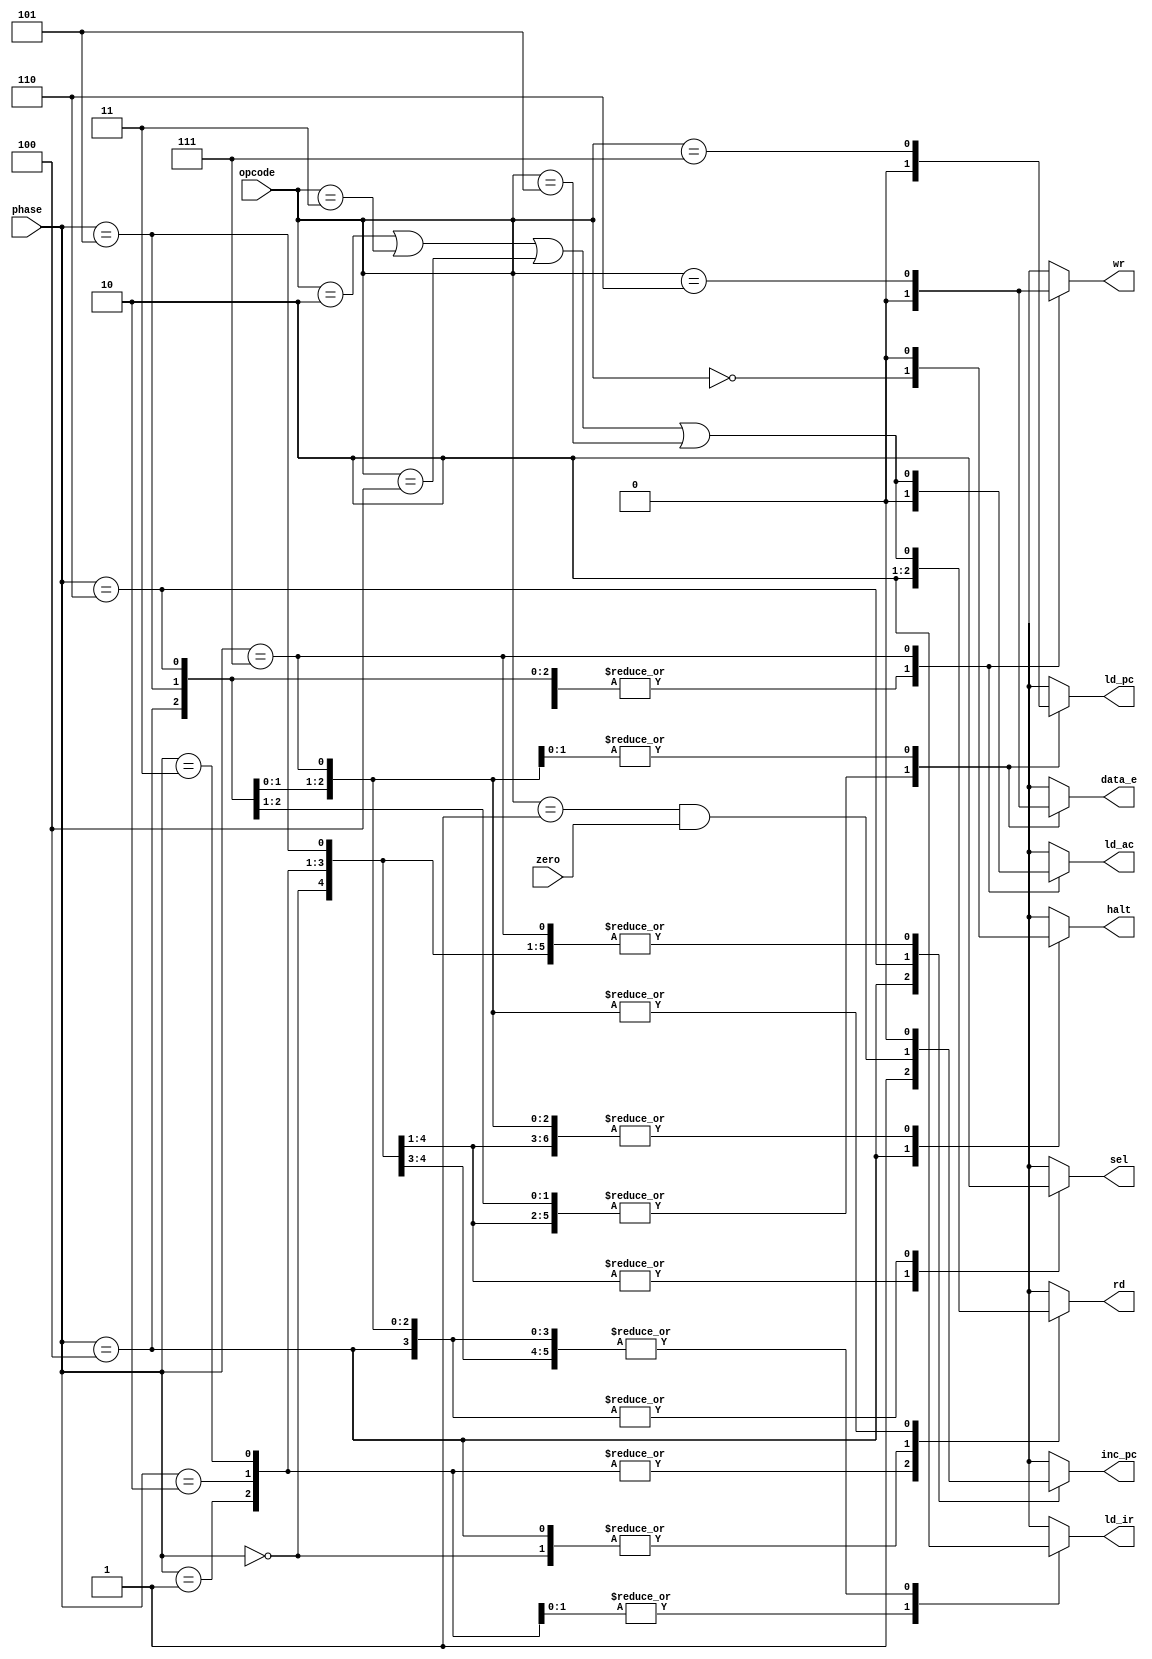

module controller (input [2:0] phase, opcode, 
                  input zero,
                   output reg sel,rd,ld_ir,halt,inc_pc,
                   ld_ac,wr,ld_pc,data_e
                  );
  localparam integer HLT=0,SKZ=1,ADD=2,AND=3,XOR=4,LDA=5,ST=6,JM=7 ;
   
  reg HALT,ALUOP,JMP,SKZ_ZERO,STO;
  always @ (*)
    
  
    begin
      HALT = (opcode == HLT);
	  ALUOP = (opcode == ADD || opcode == AND || opcode == XOR ||opcode == LDA );
      SKZ_ZERO = (opcode == SKZ && zero);
      JMP= (opcode==JM);
      STO= (opcode==ST);
      
      case (phase)
        3'b000 : begin sel=1;rd=0;ld_ir=0;halt=0;inc_pc=0;ld_ac=0;ld_pc=0;wr=0;data_e=0; end
        3'b001 : begin sel=1;rd=1;ld_ir=0;halt=0;inc_pc=0;ld_ac=0;ld_pc=0;wr=0;data_e=0; end
        3'b010 : begin sel=1;rd=1;ld_ir=1;halt=0;inc_pc=0;ld_ac=0;ld_pc=0;wr=0;data_e=0; end
        3'b011 : begin sel=1;rd=1;ld_ir=1;halt=0;inc_pc=0;ld_ac=0;ld_pc=0;wr=0;data_e=0; end
        3'b100 : begin sel=0;rd=0;ld_ir=0;halt=HALT;inc_pc=1;ld_ac=0;ld_pc=0;wr=0;data_e=0; end
        3'b101 : begin sel=0;rd=ALUOP;ld_ir=0;halt=0;inc_pc=0;ld_ac=0;ld_pc=0;wr=0;data_e=0; end
        3'b110 : begin sel=0;rd=ALUOP;ld_ir=0;halt=0;inc_pc=SKZ_ZERO;ld_ac=0;ld_pc=JMP;wr=0;data_e=STO; end
        3'b111 : begin sel=0;rd=ALUOP;ld_ir=0;halt=0;inc_pc=0;ld_ac=ALUOP;ld_pc=JMP;wr=STO;data_e=STO; end
      endcase
      
    end
  
  
endmodule